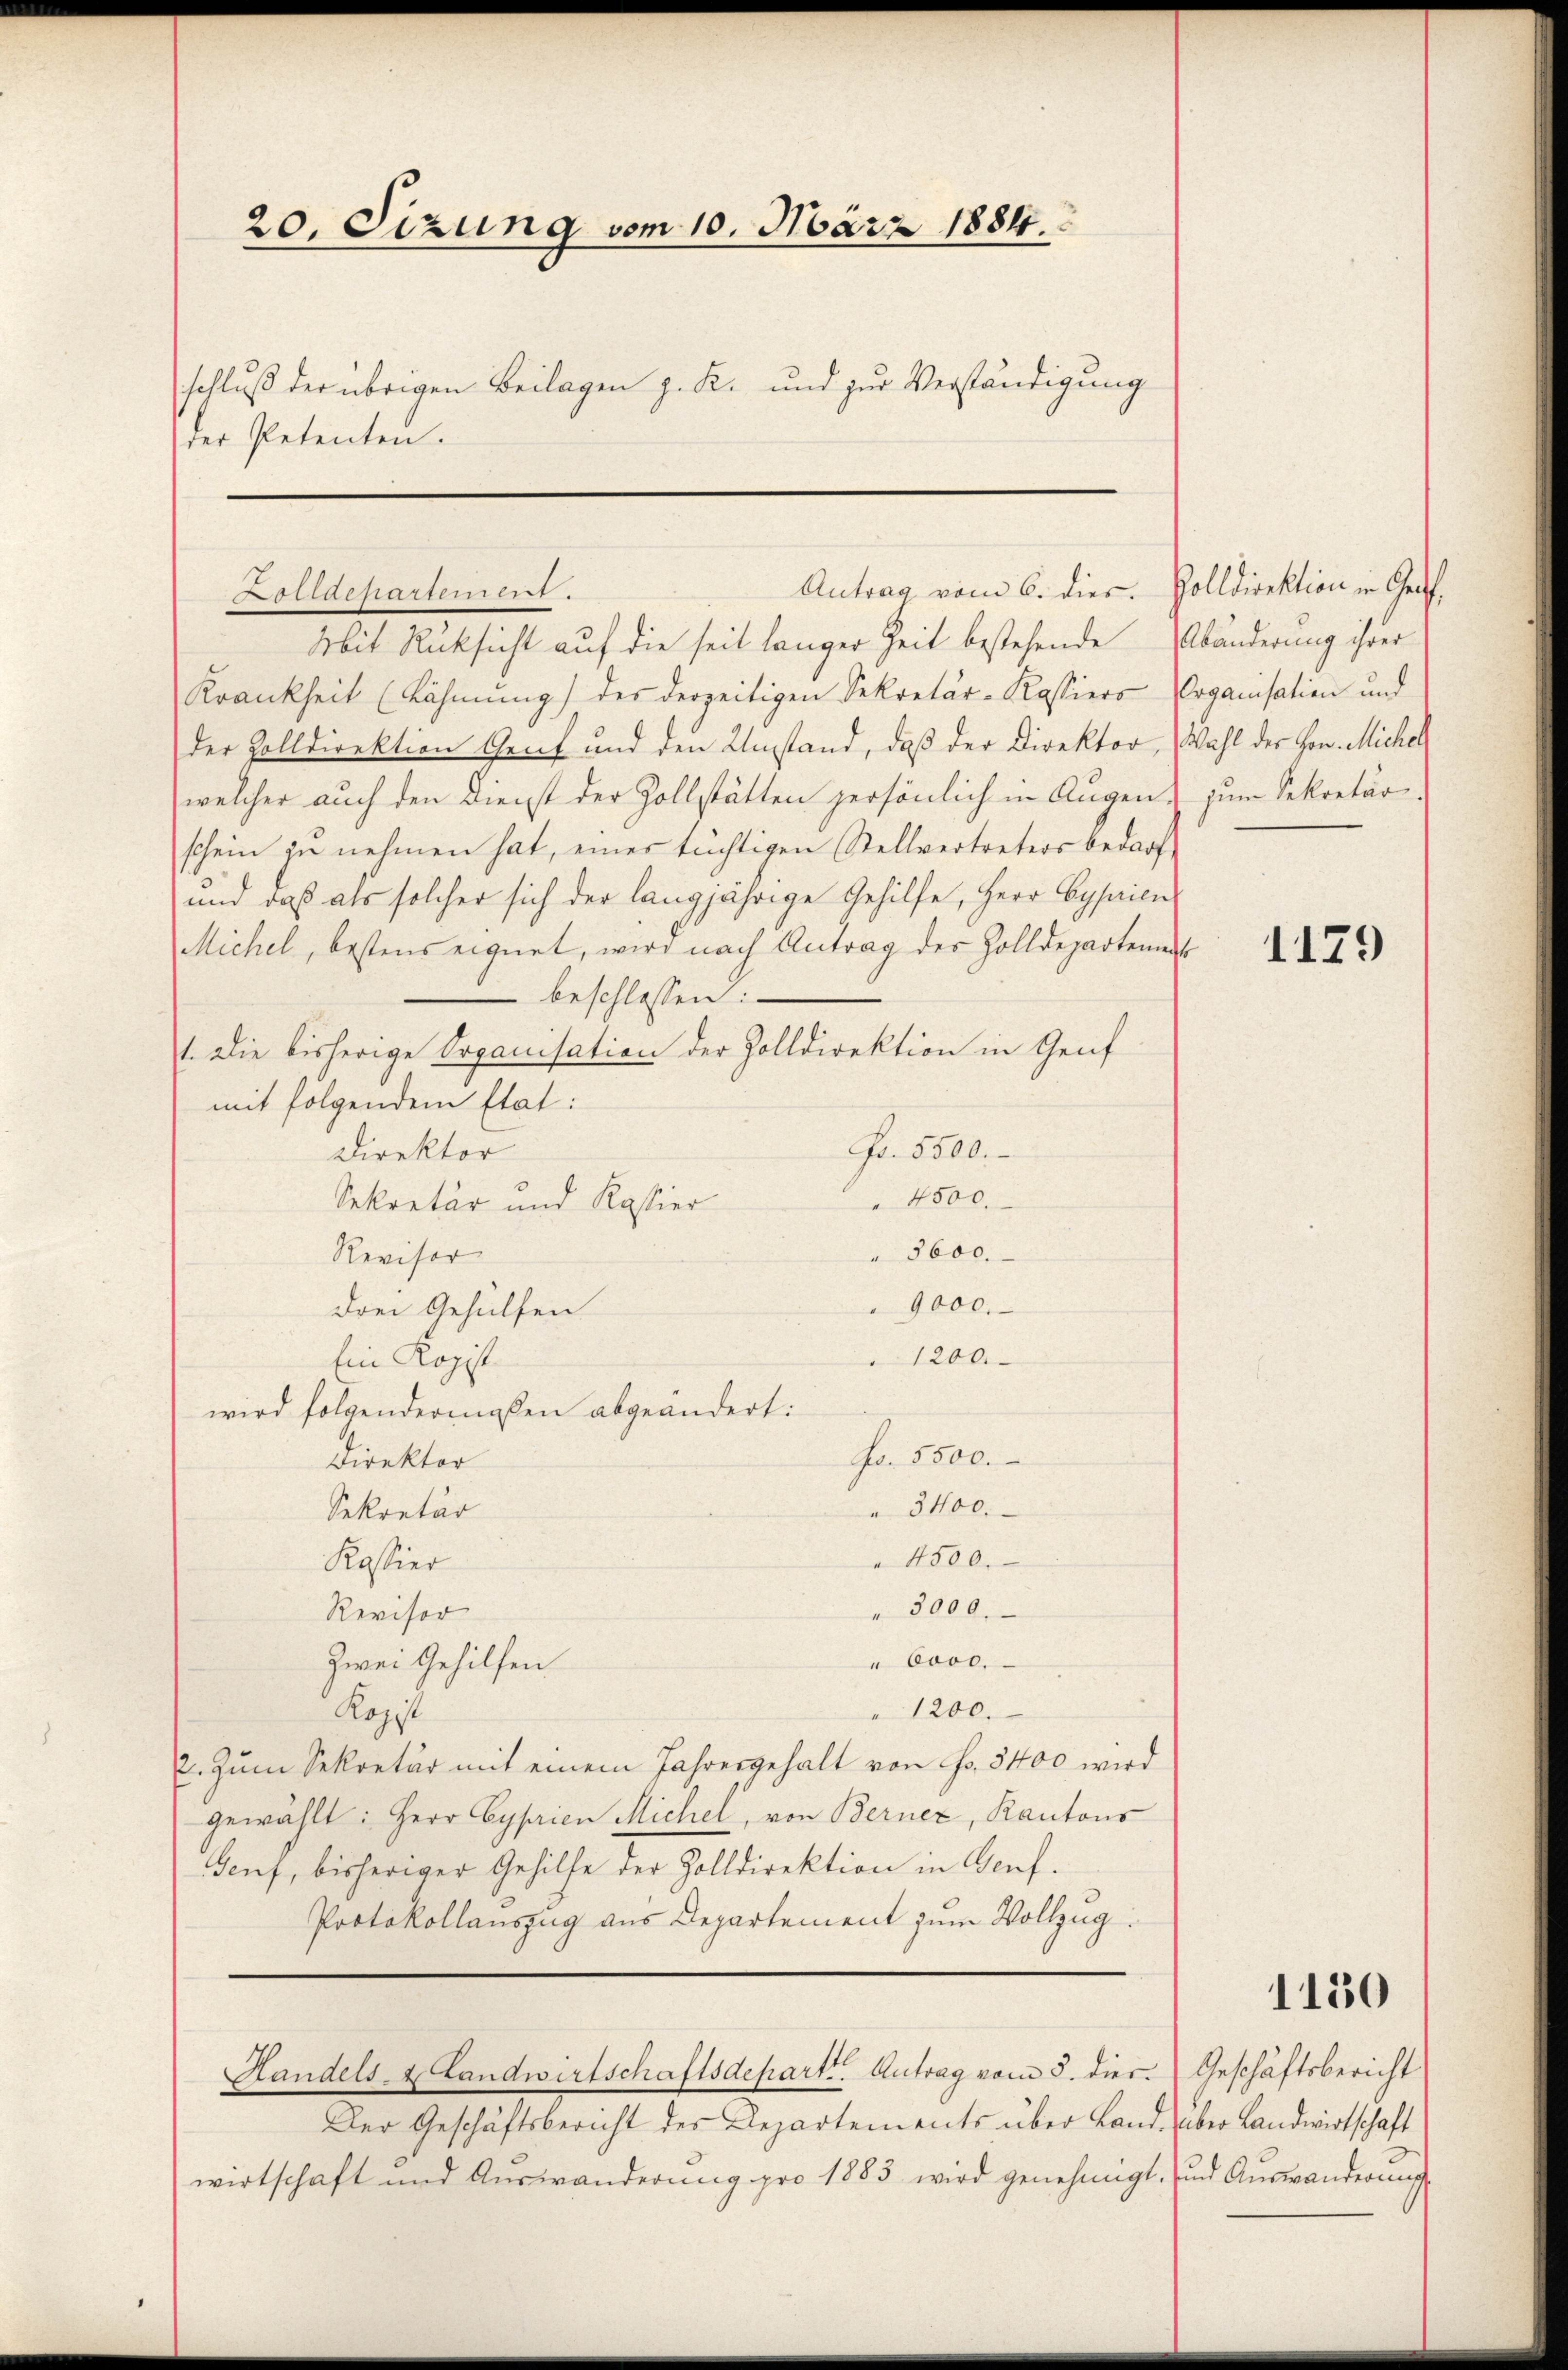
20. Sizung vom 10. März 1884.
schluß der übrigen Beilagen z. K. und zur Verständigung
der Petenten.

Antrag vom 6. dies. Zolldirektion in Ge¬
Aolldepartement.

Mit Rücksicht auf die seit länger Zeit bestehende Abänderung ihrer
Krankheit (Lähmung) des derzeitigen Sekretär-Kassiers Organisation und
der Zolldirektion Greif und den Umstand, daß der Direktor Wahl der Hon. Michel
welcher auch den Dienst der Zollstätten persönlich in Augen, zum Sekretär.
schein zu nehmen hat, eines tüchtigen Stellvertreters bedarf
und daß als solcher sich der langjährige Gehilfe, Herr Cysaien
Michel, bestens eignet, wird nach Antrag des Zolldepartement
beschlossen:
1. Die bisherige Organisation der Zolldirektion in Genf
mit folgendem Etat:
Fr. 5500.-
Direktor
 4500.
Sekretär und Kassier
3600.
Revisor
9000.
drei Gehülfen
1200.
Ein Kopft
wird folgendermaßen abgeändert:
Fr. 5500.
Direktor
3400.
Sekretär
4500.
Kassier
3000.
Revisor
"6ooe.
Zwei Gehilfen
Kopit
" 1200.
2. Zum Sekretär mit einem Jahresgehalt von Fr. 3400 wird
gewählt: Herr Cyprien Michel, von Berner, Kantons
Genf, bisheriger Gehilfe der Zolldirektion in Genf.
Protokollauszug aus Departement zum Vollzug.

Handels- & Landwirtschaftsdepart. Antrag vom 5. dies

Der Geschäftsbericht des Departements über Land, über Landwirtschaft
wirtschaft und Auswanderung pro 1883 wird genehmigt, und Auswanderung

1179

1150

Geschäftsbericht